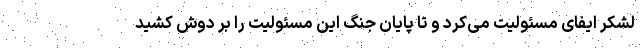
لشکر ایفای مسئولیت می‌کرد و تا پایان جنگ این مسئولیت را بر دوش کشید